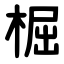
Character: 㭾